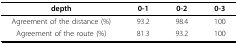
| depth | 0-1 | 0-2 | 0-3 |
 | --- | --- | --- | --- |
 | Agreement of the distance (%) | 93.2 | 98.4 | 100 |
 | Agreement of the route (%) | 81.3 | 93.2 | 100 |